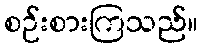
စဉ်းစားကြသည်။